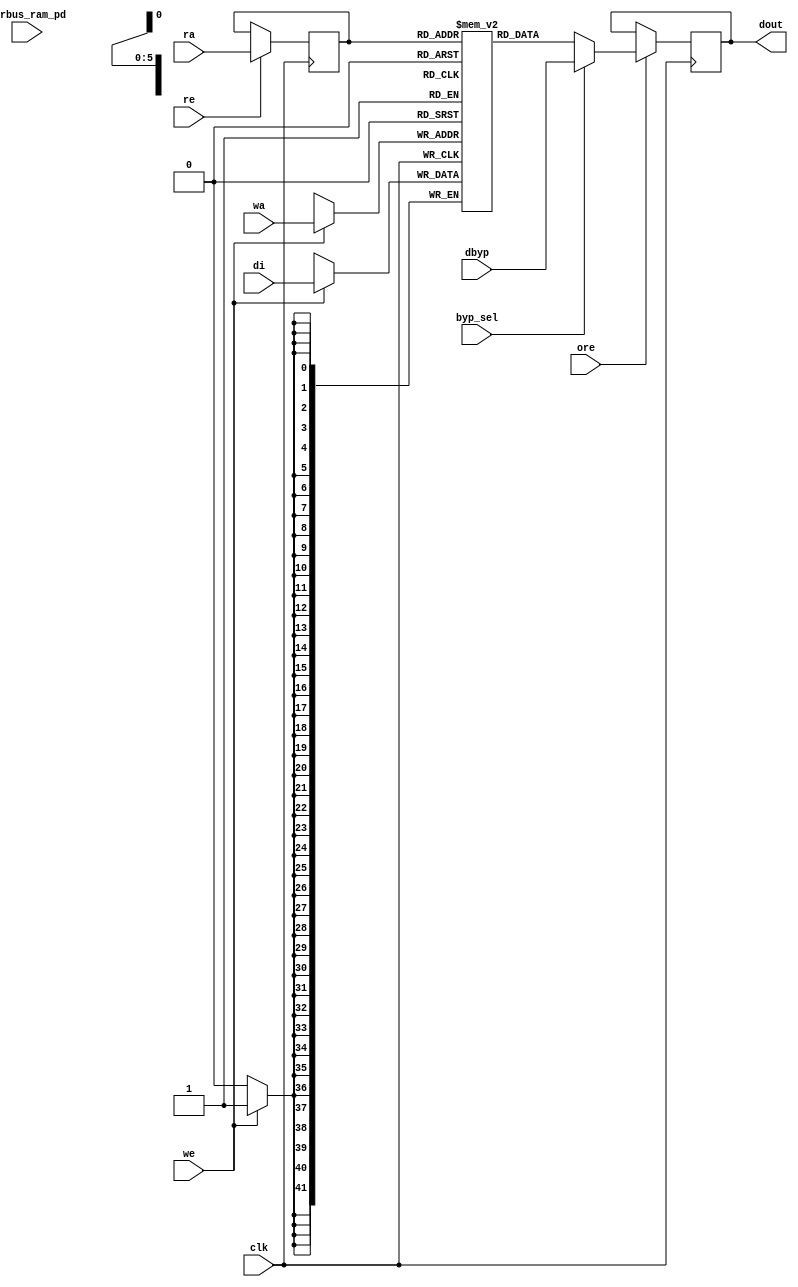
module nv_ram_rwsthp_60x42 (
  clk,
  ra,
  re,
  ore,
  dout,
  wa,
  we,
  di,
  byp_sel,
  dbyp,
  pwrbus_ram_pd
);
parameter FORCE_CONTENTION_ASSERTION_RESET_ACTIVE=1'b0;
// port list
input clk;
input [5:0] ra;
input re;
input ore;
output [41:0] dout;
input [5:0] wa;
input we;
input [41:0] di;
input byp_sel;
input [41:0] dbyp;
input [31:0] pwrbus_ram_pd;
//reg and wire list
reg [5:0] ra_d;
wire [41:0] dout;
reg [41:0] M [59:0];
always @( posedge clk ) begin
    if (we)
       M[wa] <= di;
end
always @( posedge clk ) begin
    if (re)
       ra_d <= ra;
end
wire [41:0] dout_ram = M[ra_d];
wire [41:0] fbypass_dout_ram = (byp_sel ? dbyp : dout_ram);
reg [41:0] dout_r;
always @( posedge clk ) begin
   if (ore)
       dout_r <= fbypass_dout_ram;
end
assign dout = dout_r;
endmodule